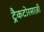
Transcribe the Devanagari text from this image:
ट्रैकटोरसाज़ी